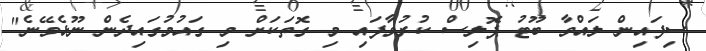
ސިފައިން ލައްވާ ބޫޓު ޕޮލިސް ކުރުވާފައި މި ގޮތަކަށް މި ގައުމުގައިދެން ނޫޅެވޭނެ"